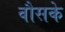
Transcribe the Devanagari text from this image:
वौसके